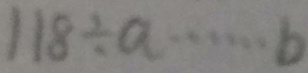
1 1 8 \div a \cdots b